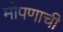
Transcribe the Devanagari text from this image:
मीपणाची